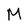
Character: M